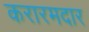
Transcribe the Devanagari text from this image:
करारमदार